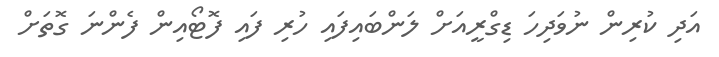
އަދި ކުރިން ނުވަދިހަ ޑިގްރީއަށް ލަންބައިފައި ހުރި ފައި ފޮޓޯއިން ފެންނަ ގޮތަށް